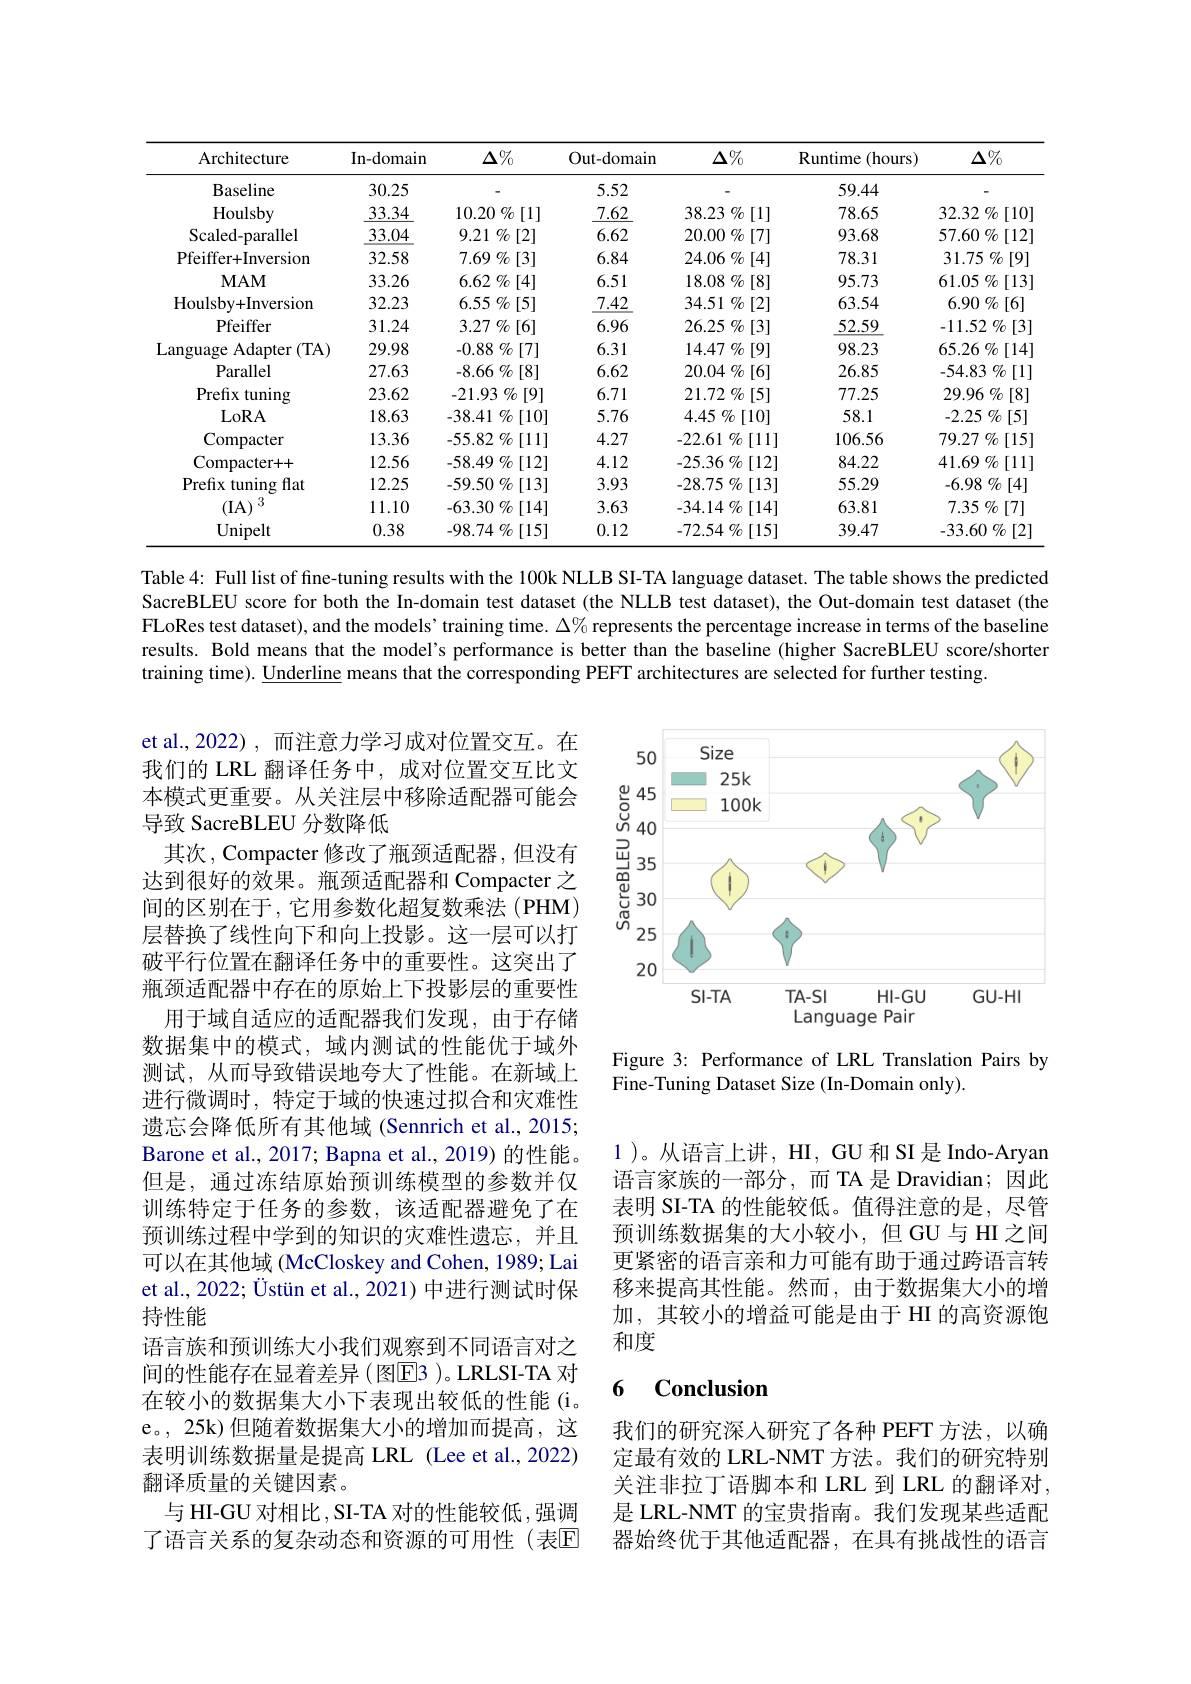
<table>
	<tbody>
		<tr>
			<th>Architecture</th>
			<th>In-domain</th>
			<th>$\Delta\%$</th>
			<th>Out-domain</th>
			<th>$\Delta\%$</th>
			<th>Runtime ( hours) </th>
			<th>$\Delta\%$</th>
		</tr>
		<tr>
			<td>Baseline</td>
			<td>30.25</td>
			<td> </td>
			<td>5.52</td>
			<td> </td>
			<td>59.44</td>
			<td> </td>
		</tr>
		<tr>
			<td>Houlsby</td>
			<td>33.34</td>
			<td>$10.20\%[1]$</td>
			<td>7.62</td>
			<td>38.23 $\% [ 1]$</td>
			<td>78.65</td>
			<td>32.32 $\%$ [10]</td>
		</tr>
		<tr>
			<td>Scaled- parallel</td>
			<td>33.04</td>
			<td>$9.21~\%[2]$</td>
			<td>6.62</td>
			<td>$20.00\%[7]$</td>
			<td>93.68</td>
			<td>[12] $57.60\%$ 1 </td>
		</tr>
		<tr>
			<td>Pfeiffer+Inversion</td>
			<td>32.58</td>
			<td>7.69 $\%$ [3]</td>
			<td>6.84</td>
			<td>$24.06\%[4]$</td>
			<td>78.31</td>
			<td>31.75 $\%$ [9]</td>
		</tr>
		<tr>
			<td>$\mathbf{MAM}$</td>
			<td>33.26</td>
			<td>6.62 $\%$ [4]</td>
			<td>6.51</td>
			<td>$18.08\%[8]$</td>
			<td>95.73</td>
			<td>$61.05\%[13]$</td>
		</tr>
		<tr>
			<td>Houlsby+ Inversion</td>
			<td>32.23</td>
			<td>6.55 $\%$ [5]</td>
			<td>7.42</td>
			<td>$34.51\%[2]$</td>
			<td>63.54</td>
			<td>$6.90\%[6]$</td>
		</tr>
		<tr>
			<td>Pfeiffer</td>
			<td>31.24</td>
			<td>$3.27\%[6]$</td>
			<td>6.96</td>
			<td>26.25 $\%$ $b\left[3\right]$</td>
			<td>52.59</td>
			<td>-11.52 $\%$ [3]</td>
		</tr>
		<tr>
			<td>Language ${\mathrm{e~Adapter~(TA)}}$ 1</td>
			<td>29.98</td>
			<td>-0.88 $\%$ [7]</td>
			<td>6.31</td>
			<td>14.47 $\%$ [9]</td>
			<td>98.23</td>
			<td>$65.26\%$ $j[14]$</td>
		</tr>
		<tr>
			<td>Parallel</td>
			<td>27.63</td>
			<td>-8.66 $\%$ [8]</td>
			<td>6.62</td>
			<td>20.04 $\%$ [6]</td>
			<td>26.85</td>
			<td>-54.83 $\%$ [1]</td>
		</tr>
		<tr>
			<td>Prefix tuning</td>
			<td>23.62</td>
			<td>-21.93 $\%$ [9]</td>
			<td>6.71</td>
			<td>$21.72~\%$ $b\left[5\right]$</td>
			<td>77.25</td>
			<td>29.96 $\%$ [8]</td>
		</tr>
		<tr>
			<td>LoRA</td>
			<td>18.63</td>
			<td>$-38.41\%[10]$</td>
			<td>5.76</td>
			<td>$4.45\not\%[10]$</td>
			<td>58.1</td>
			<td>-2.25 $\%$ [5]</td>
		</tr>
		<tr>
			<td>Compacter</td>
			<td>13.36</td>
			<td>-55.82 $\%$ [11]</td>
			<td>4.27</td>
			<td>$-22.61\%[11]$</td>
			<td>106.56</td>
			<td>79.27 $\%$ $\mathring{o}\left[15\right]$ 1</td>
		</tr>
		<tr>
			<td>Compacter+ + </td>
			<td>12.56</td>
			<td>$-58.49\%[12]$</td>
			<td>4.12</td>
			<td>$-25.36\%$ $\mathring{o}^{\prime}[12]$</td>
			<td>84.22</td>
			<td>$41.69\%[11]$</td>
		</tr>
		<tr>
			<td>Prefix tuning $\frac{1}{2}$ flat</td>
			<td>12.25</td>
			<td>$-59.50\%[13]$</td>
			<td>3.93</td>
			<td>-28.75 $\%$ [13]</td>
			<td>55.29</td>
			<td>-6.98 $\%$ [4]</td>
		</tr>
		<tr>
			<td>3 (IA)</td>
			<td>11.10</td>
			<td>$-63.30\%[14]$</td>
			<td>3.63</td>
			<td>-34.14 $\%$ [14]</td>
			<td>63.81</td>
			<td>$7.35\%[7]$</td>
		</tr>
		<tr>
			<td>${\mathrm{Unipelt}}$</td>
			<td>0.38</td>
			<td>-98.74 $\%$ [15]</td>
			<td>0.12</td>
			<td>$-72.54\%[15]$</td>
			<td>39.47</td>
			<td>-33.60 $\%$ [2]</td>
		</tr>
	</tbody>
</table>

Table 4: Full list of fine-tuning results with the 100k NLLB SI-TA language dataset. The table shows the predicted SacreBLEU score for both the In-domain test dataset (the NLLB test dataset), the Out-domain test dataset (the FLoRes test dataset), and the models’training time. $\Delta\%$ represents the percentage increase in terms of the baseline results. Bold means that the model's performance is better than the baseline (higher SacreBLEU score/shorter training time). Underline means that the corresponding PEFT architectures are selected for further testing.

<FigureHere>

Figure 3: Performance of LRL Translation Pairs by
Fine-Tuning Dataset Size (In-Domain only).

et al.,2022) ,而注意力学习成对位置交互。在我们的 LRL 翻译任务中，成对位置交互比文本模式更重要。从关注层中移除适配器可能会导致 SacreBLEU 分数降低
其次，Compacter 修改了瓶颈适配器，但没有达到很好的效果。瓶颈适配器和 Compacter 之间的区别在于，它用参数化超复数乘法(PHM) 层替换了线性向下和向上投影。这一层可以打破平行位置在翻译任务中的重要性。这突出了瓶颈适配器中存在的原始上下投影层的重要性
用于域自适应的适配器我们发现，由于存储数据集中的模式，域内测试的性能优于域外测试，从而导致错误地夸大了性能。在新域上进行微调时，特定于域的快速过拟合和灾难性遗忘会降低所有其他域 (Sennrich et al., 2015; Barone et al., 2017; Bapna et al., 2019) 的性能。但是，通过冻结原始预训练模型的参数并仅训练特定于任务的参数，该适配器避免了在预训练过程中学到的知识的灾难性遗忘，并且可以在其他域 (McCloskey and Cohen, 1989; Lai et al., 2022; Üstün et al., 2021) 中进行测试时保持性能
语言族和预训练大小我们观察到不同语言对之间的性能存在显着差异( 图$\overline{\mathrm{E}}$3 )。LRLSI-TA 对在较小的数据集大小下表现出较低的性能(i。e。, 25k) 但随着数据集大小的增加而提高，这表明训练数据量是提高 LRL (Lee et al.,2022) 翻译质量的关键因素。
与 HI-GU 对相比 ,SI-TA 对的性能较低 ,强调了语言关系的复杂动态和资源的可用性(表E)

1 )。从语言上讲，HI, GU 和 SI 是 Indo-Aryan 语言家族的一部分，而 TA 是 Dravidian;因此表明 SI-TA 的性能较低。值得注意的是，尽管预训练数据集的大小较小，但 GU 与 HI 之间更紧密的语言亲和力可能有助于通过跨语言转移来提高其性能。然而，由于数据集大小的增加，其较小的增益可能是由于 HI 的高资源饱和度

### 6 $\mathbf{Conclusion}$

我们的研究深人研究了各种 PEFT 方法，以确定最有效的 LRL-NMT 方法。我们的研究特别关注非拉丁语脚本和 LRL 到 LRL 的翻译对， 是 LRL-NMT 的宝贵指南。我们发现某些适配器始终优于其他适配器，在具有挑战性的语言